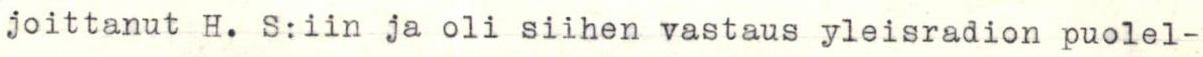
joittanut H. S:iin ja oli siihen vastaus yleisradion puolel-